Tartu_pedagoogiumi_aruanded, lk 13
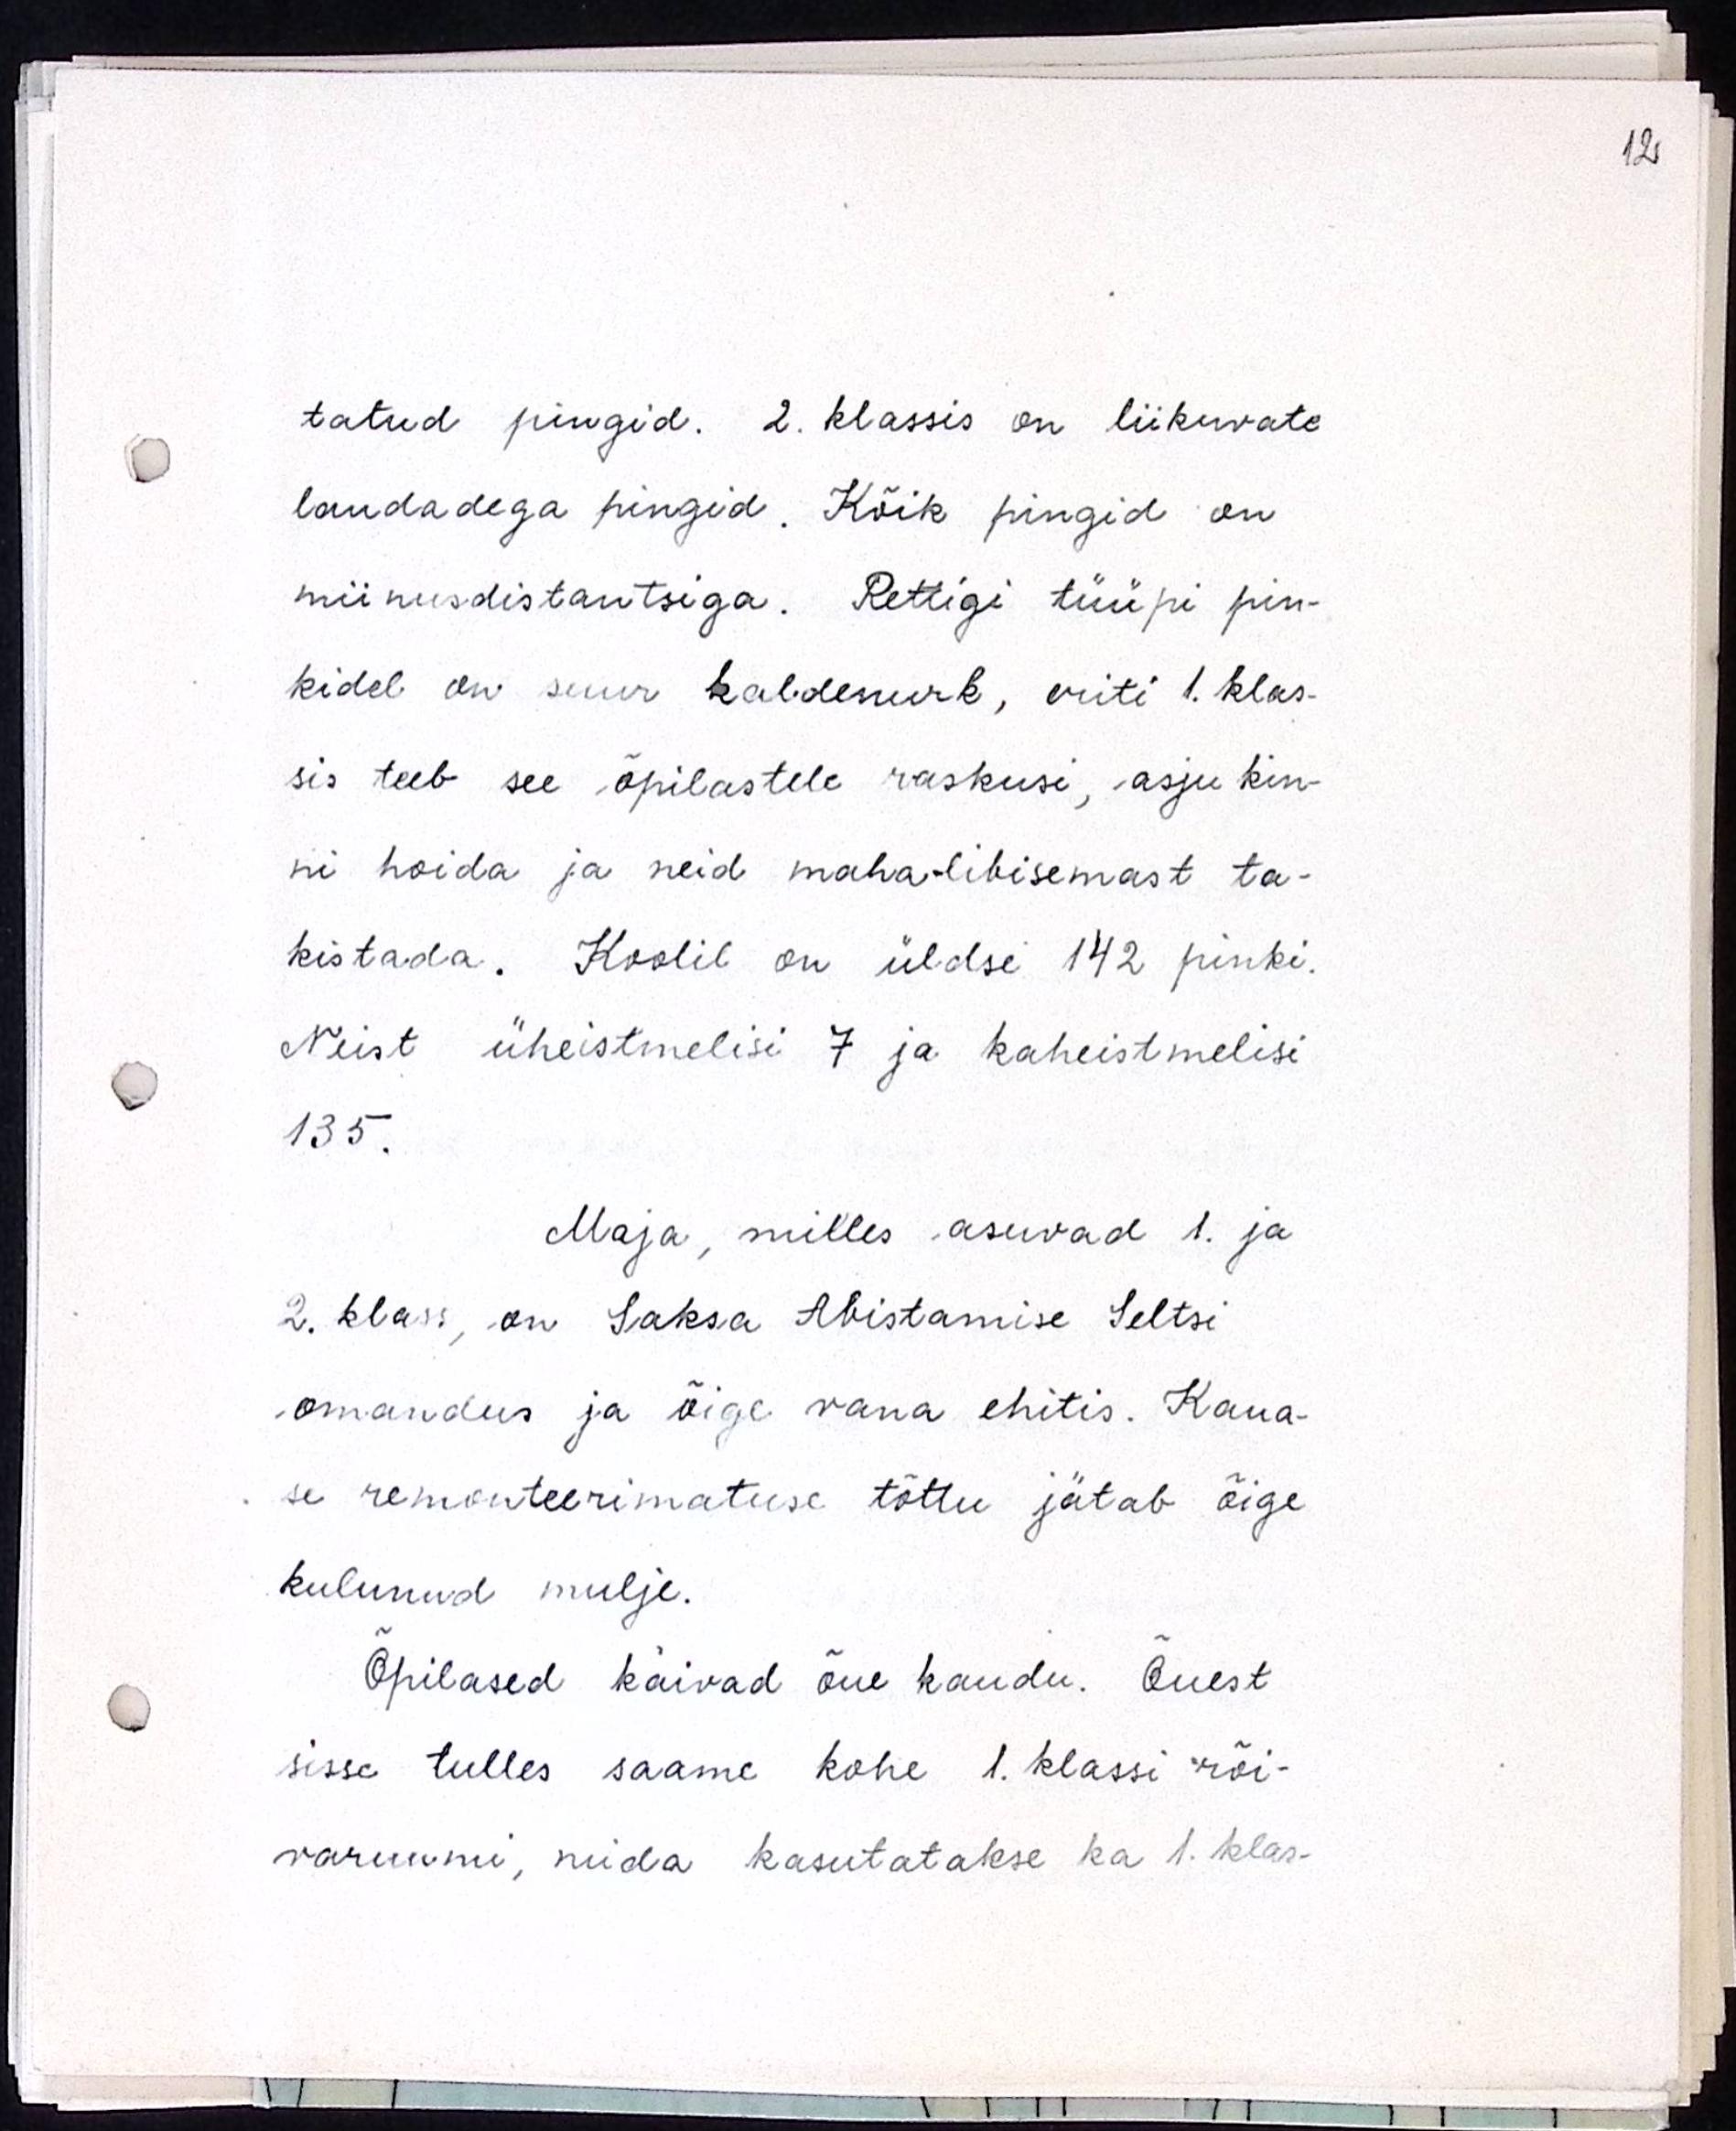
tatud pingid. 2. klassis on liikuvate
laudadega pingid. Kõik pingid on
miinusdistantsiga. Rettigi tüüpi pin-
kidel on suur kaldenurk, eriti 1. klas-
sis teeb see õpilastele raskusi, asju kin-
ni hoida ja neid maha-libisemast ta-
kistada. Koolil on üldse 142 pinki.
Neist üheistmelisi 7 ja kaheistmelisi
135.
Maja, milles asuvad 1. ja
2. klass, on Saksa Abistamise Seltsi
omandus ja õige vana ehitis. Kaua-
se remonteerimatuse tõttu jätab õige
kulunud mulje.
Õpilased käivad õue kaudu. Õuest
sisse tulles saame kohe 1. klassi rõi-
varuumi, mida kasutatakse ka 1. klas-